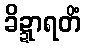
ခိဍ္ဍာရတိံ